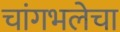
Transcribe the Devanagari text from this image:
चांगभलेचा